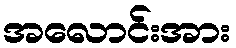
အလောင်းအား